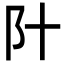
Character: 䦹